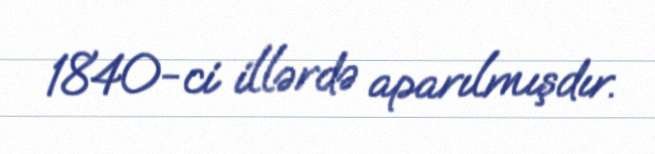
1840-ci illərdə aparılmışdır.